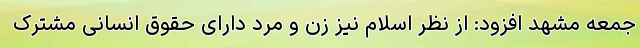
جمعه مشهد افزود: از نظر اسلام نیز زن و مرد دارای حقوق انسانی مشترک